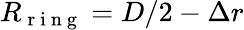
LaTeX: R_{\mathrm{~r~i~n~g~}}=D/2-\Delta r